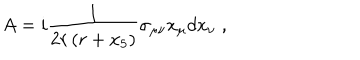
LaTeX: A = i \frac { 1 } { 2 r \left( r + x _ { 5 } \right) } \sigma _ { \mu \nu } x _ { \mu } d x _ { \nu } \; ,